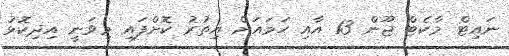
ނައިޓް މާކެޓް ޖޫން 13 އާއި ހަމައަށް އިތުރު ކޮށްފައި މިވަނީ އިދިކޮޅު